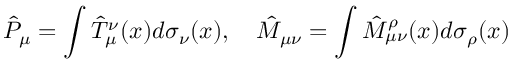
{ \hat { P } } _ { \mu } = \int { \hat { T } } _ { \mu } ^ { \nu } ( x ) d \sigma _ { \nu } ( x ) , \quad { \hat { M } } _ { \mu \nu } = \int { \hat { M } } _ { \mu \nu } ^ { \rho } ( x ) d \sigma _ { \rho } ( x )